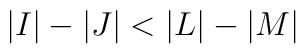
\vert I\vert -\vert J\vert <\vert L\vert -\vert M\vert